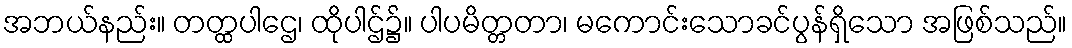
အဘယ်နည်း။ တတ္ထပါဌေ၊ ထိုပါဌ်၌။ ပါပမိတ္တတာ၊ မကောင်းသောခင်ပွန်ရှိသော အဖြစ်သည်။